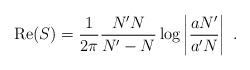
LaTeX: \begin{align*}{\mbox{Re}}(S)={1\over 2\pi }{N^\prime N\over N^\prime -N} \log\left|{aN^\prime\over a^\prime N}\right|~.\end{align*}